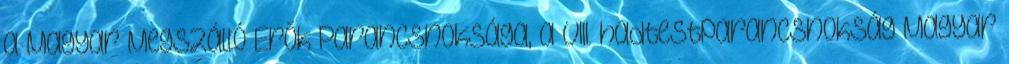
a Magyar Megszálló Erõk Parancsnoksága, a VIII. hadtestparancsnokság Magyar